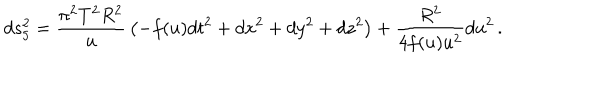
d s _ { 5 } ^ { 2 } = { \frac { \pi ^ { 2 } T ^ { 2 } R ^ { 2 } } { u } } \left( - f ( u ) d t ^ { 2 } + d x ^ { 2 } + d y ^ { 2 } + d z ^ { 2 } \right) + { \frac { R ^ { 2 } } { 4 f ( u ) u ^ { 2 } } } d u ^ { 2 } \, .